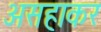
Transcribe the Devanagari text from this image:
असहाकर